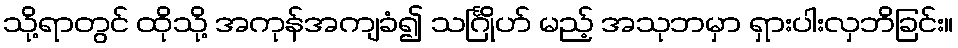
သို့ရာတွင် ထိုသို့ အကုန်အကျခံ၍ သင်္ဂြိုဟ် မည့် အသုဘမှာ ရှားပါးလှဘိခြင်း။